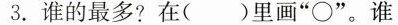
3. 谁的最多? 在( )里画”\circ”。谁